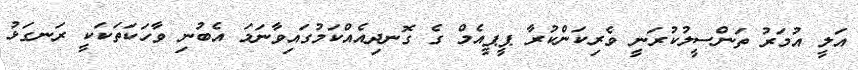
އަލީ އުމަރު ތަންސީލުކުރަނީ ވެރިކަންކުރާ ޕީޕީއެމް ގެ ގޮނދިއެއްކަމުގައިވާނަމަ އެބުނި ވާހަކަތަކަކީ ރަނގަޅު